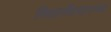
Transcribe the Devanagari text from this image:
निसर्गोपचाराच्या